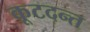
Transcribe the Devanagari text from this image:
कूटदन्त